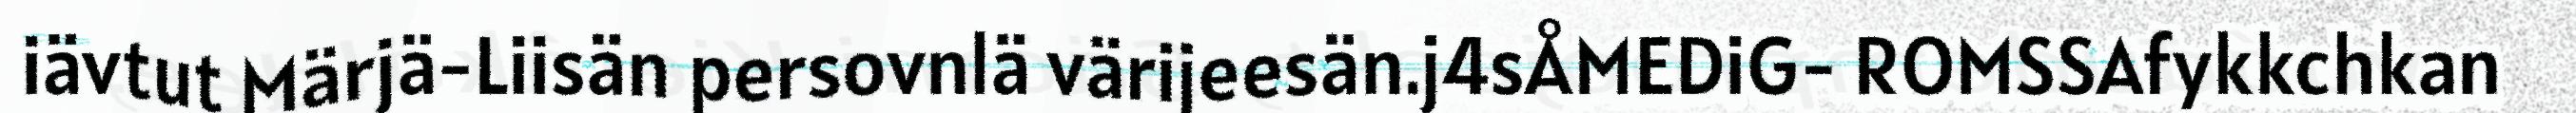
iävtut Märjä-Liisän persovnlä värijeesän.j4sÅMEDiG- ROMSSAfykkchkan